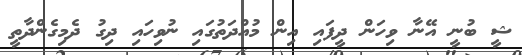
ޝީ ބުނީ އޭނާ ވިހަން ދީފައި އިން މުއްދަތުގައި ނުވިހައި ދިގު ދެމިގެންދާތީ